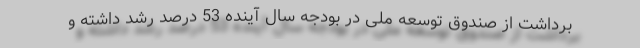
برداشت از صندوق توسعه ملی در بودجه سال آینده 53 درصد رشد داشته و